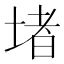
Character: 堵